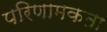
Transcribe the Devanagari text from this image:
परिणामकता